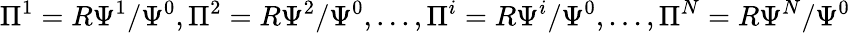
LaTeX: \Pi^{1}=R\Psi^{1}/\Psi^{0},\Pi^{2}=R\Psi^{2}/\Psi^{0},...,\Pi^{i}=R\Psi^{i}/\Psi^{0},...,\Pi^{N}=R\Psi^{N}/\Psi^{0}